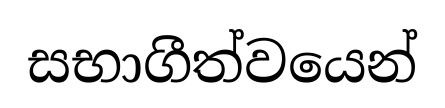
සභාගීත්වයෙන්